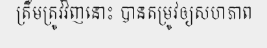
ត្រឹមត្រូវវិញនោះ បានតម្រូវឲ្យសហភាព